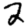
Digit: 2